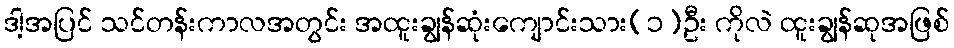
ဒါ့အပြင် သင်တန်းကာလအတွင်း အထူးချွန်ဆုံးကျောင်းသား(၁)ဦး ကိုလဲ ထူးချွန်ဆုအဖြစ်